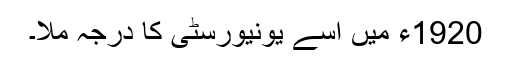
1920ء میں اسے یونیورسٹی کا درجہ ملا۔